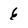
Character: 6